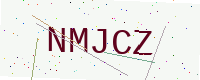
Text: NMJCZ